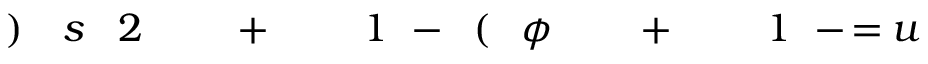
u \! \! \! \! \! \! \! \! \! \! \! \! = \! \! \! \! \! \! \! \! \! \! \! \! - \! \! \! \! \! \! \! \! \! \! \! \! 1 \! \! \! \! \! \! \! \! \! \! \! \! \! \! \! \! \! \! \! \! \! \! \! \! + \! \! \! \! \! \! \! \! \! \! \! \! \! \! \! \! \! \! \! \! \! \! \! \! \phi \! \! \! \! \! \! \! \! \! \! \! \! ( \! \! \! \! \! \! \! \! \! \! \! \! - \! \! \! \! \! \! \! \! \! \! \! \! 1 \! \! \! \! \! \! \! \! \! \! \! \! \! \! \! \! \! \! \! \! \! \! \! \! + \! \! \! \! \! \! \! \! \! \! \! \! \! \! \! \! \! \! \! \! \! \! \! \! 2 \! \! \! \! \! \! \! \! \! \! \! \! s \! \! \! \! \! \! \! \! \! \! \! \! ) \! \! \! \! \! \! \! \! \! \! \!